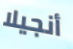
أنجيلا